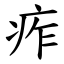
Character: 痄